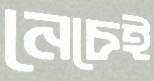
নেচেই